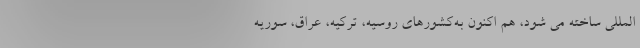
المللی ساخته می شود، هم اکنون به‌کشورهای روسیه، ترکیه، عراق، سوریه